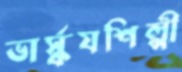
ভার্স্কযশিল্পী